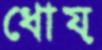
ধোয়